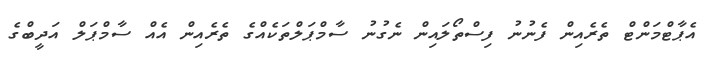
އެޕާޓްމަންޓް ތެރެއިން ފެނުނު ފިސްތޯލައިން ނެގުނު ސާމްޕަލްތަކެއްގެ ތެރެއިން އެއް ސާމްޕަލް އަދީބްގެ